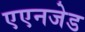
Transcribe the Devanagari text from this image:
एएनजेड